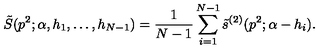
\tilde { S } ( p ^ { 2 } ; \alpha , h _ { 1 } , \ldots , h _ { N - 1 } ) = { \frac { 1 } { N - 1 } } \sum _ { i = 1 } ^ { N - 1 } \tilde { s } ^ { ( 2 ) } ( p ^ { 2 } ; \alpha - h _ { i } ) .